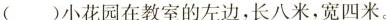
( )小花园在教室的左边，长八米，宽四米。